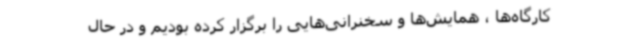
کارگاه‌ها ، همایش‌ها و سخنرانی‌هایی را برگزار کرده بودیم و در حال